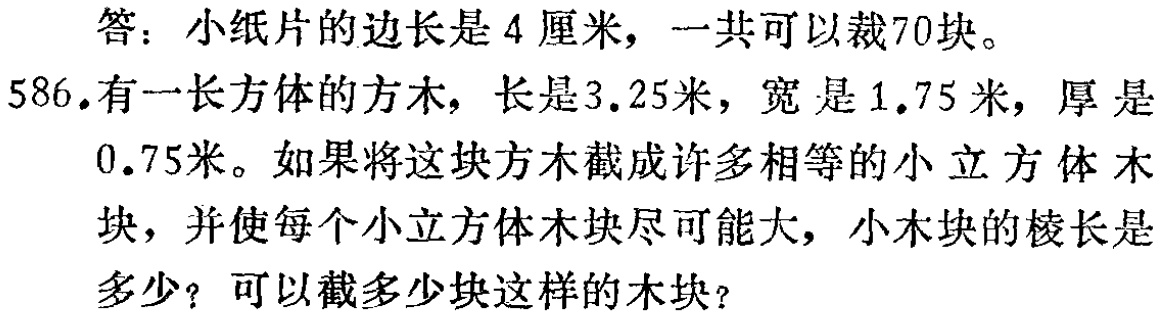
答：小纸片的边长是4厘米，一共可以裁70块。

586.有一长方体的方木，长是3.25米，宽是1.75米，厚是

0.75米。如果将这块方木截成许多相等的小立方体木

块，并使每个小立方体木块尽可能大，小木块的棱长是

多少？可以截多少块这样的木块？